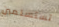
تستسلمين